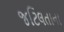
જટિલતાના